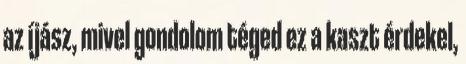
az íjász, mivel gondolom téged ez a kaszt érdekel,